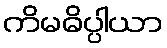
ကိမဓိပ္ပါယာ